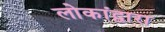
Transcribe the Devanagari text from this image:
लोकांद्वारा